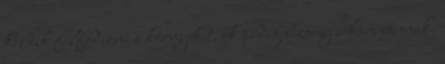
kezdik felfedezni a környéket, ők pedig bizony sokan vannak.